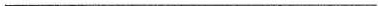
___